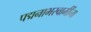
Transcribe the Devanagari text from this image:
पद्मनाभस्वामींना